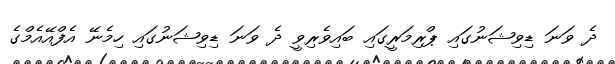
ދެ ވަނަ ޑިވިޝަނުގައި ޕްރިމަރީގައި ބައިވެރިވީ ދެ ވަނަ ޑިވިޝަނުގައި ހިމެނޭ އެފްއޭއެމްގެ